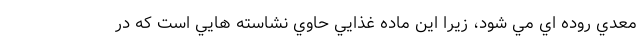
معدي روده اي مي شود، زيرا اين ماده غذايي حاوي نشاسته هايي است كه در